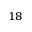
^ { 1 8 }